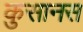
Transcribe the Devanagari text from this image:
कुसानस